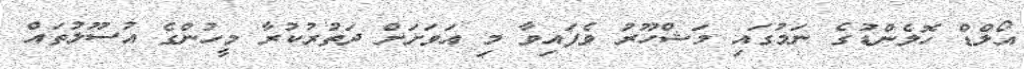
އޯލްޑް ހޮލެންޑުގެ ނަމުގައި މަޝްހޫރު ވެފައިވާ މި އަވަށަށް ދަތުރުކުރާ މީހުންގެ އުސޫލުތައް